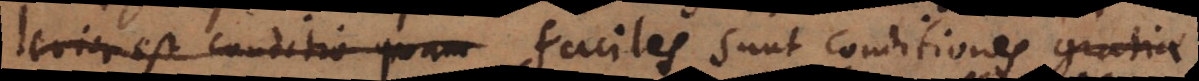
levior est conditio quam faciles sunt conditiones quas